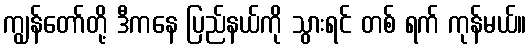
ကျွန်တော်တို့ ဒီကနေ ပြည်နယ်ကို သွားရင် တစ် ရက် ကုန်မယ်။